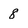
Character: 8